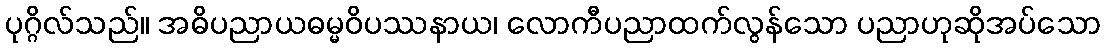
ပုဂ္ဂိလ်သည်။ အဓိပညာယဓမ္မဝိပဿနာယ၊ လောကီပညာထက်လွန်သော ပညာဟုဆိုအပ်သော